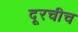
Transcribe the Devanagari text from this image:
दूरचीच